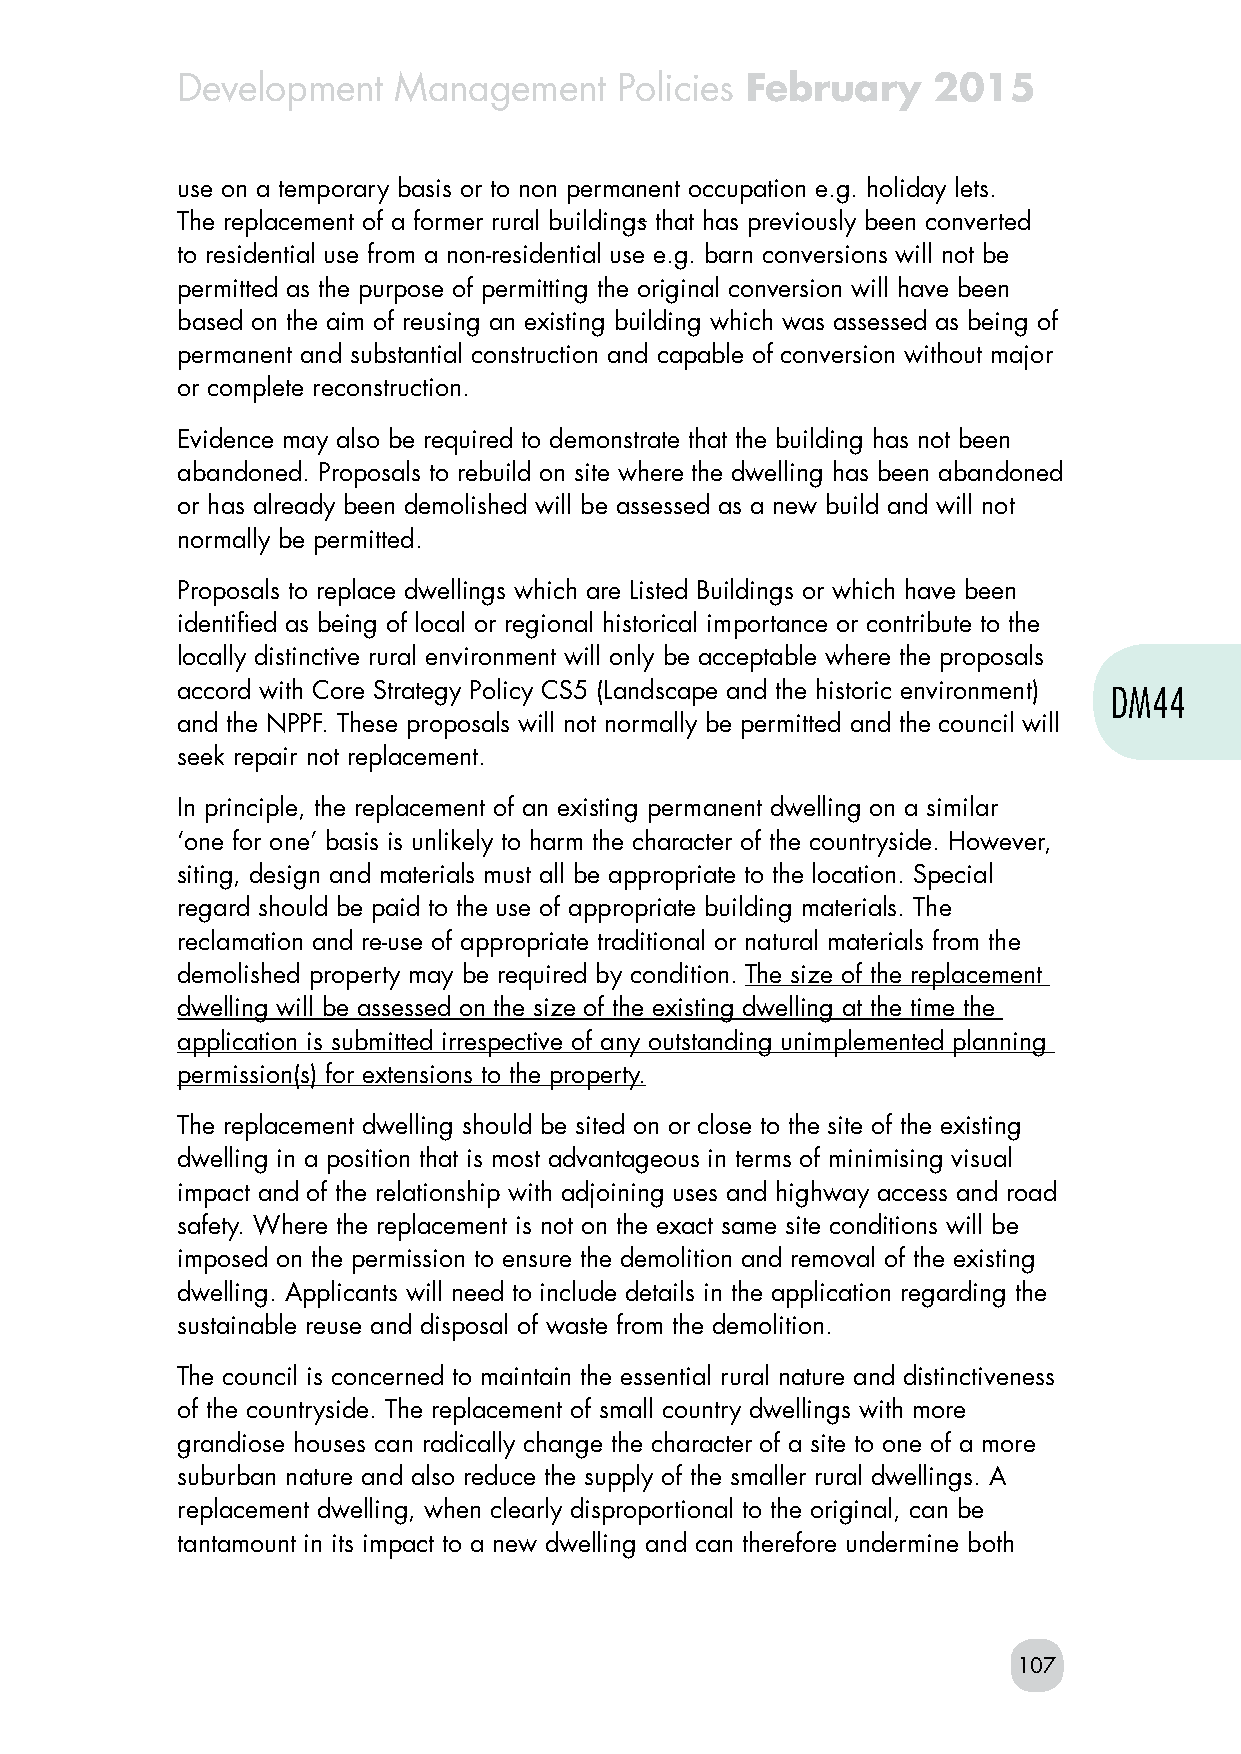
Development   Management     Policies February    2015
 use on a temporary basis or to non permanent occupation e.g. holiday lets.
 The replacement of a former rural buildings that has previously been converted
 to residential use from a non-residential use e.g. barn conversions will not be
 permitted as the purpose of permitting the original conversion will have been
 based on the aim of reusing an existing building which was assessed as being of
 permanent and substantial construction and capable of conversion without major
 or complete reconstruction.
 Evidence may also be required to demonstrate that the building has not been
 abandoned. Proposals to rebuild on site where the dwelling has been abandoned
 or has already been demolished will be assessed as a new build and will not
 normally be permitted.
 Proposals to replace dwellings which are Listed Buildings or which have been
 identified as being of local or regional historical importance or contribute to the
 locally distinctive rural environment will only be acceptable where the proposals
 accord with Core Strategy Policy CS5 (Landscape and the historic environment) DM44
 and the NPPF. These proposals will not normally be permitted and the council will
 seek repair not replacement.
 In principle, the replacement of an existing permanent dwelling on a similar
 ‘one for one’ basis is unlikely to harm the character of the countryside. However,
 siting, design and materials must all be appropriate to the location. Special
 regard should be paid to the use of appropriate building materials. The
 reclamation and re-use of appropriate traditional or natural materials from the
 demolished property may be required by condition. The size of the replacement
 dwelling will be assessed on the size of the existing dwelling at the time the
 application is submitted irrespective of any outstanding unimplemented planning
 permission(s) for extensions to the property.
 The replacement dwelling should be sited on or close to the site of the existing
 dwelling in a position that is most advantageous in terms of minimising visual
 impact and of the relationship with adjoining uses and highway access and road
 safety. Where the replacement is not on the exact same site conditions will be
 imposed on the permission to ensure the demolition and removal of the existing
 dwelling. Applicants will need to include details in the application regarding the
 sustainable reuse and disposal of waste from the demolition.
 The council is concerned to maintain the essential rural nature and distinctiveness
 of the countryside. The replacement of small country dwellings with more
 grandiose houses can radically change the character of a site to one of a more
 suburban nature and also reduce the supply of the smaller rural dwellings. A
 replacement dwelling, when clearly disproportional to the original, can be
 tantamount in its impact to a new dwelling and can therefore undermine both
 107